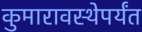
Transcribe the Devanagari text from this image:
कुमारावस्थेपर्यंत